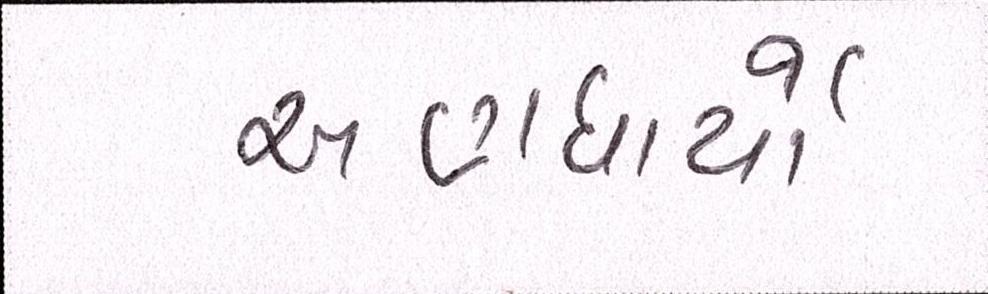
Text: અણધાર્યો